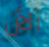
ألأن